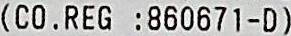
(CO. REG :860671-D)